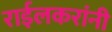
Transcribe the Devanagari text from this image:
राईलकरांनी